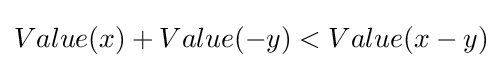
Value(x)+Value(-y)<Value(x-y)